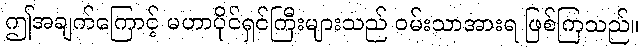
ဤအချက်ကြောင့် မဟာပိုင်ရှင်ကြီးများသည် ဝမ်းသာအားရ ဖြစ်ကြသည်။